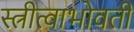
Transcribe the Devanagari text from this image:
स्त्रीत्वाभोवती